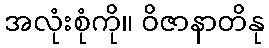
အလုံးစုံကို။ ဝိဇာနာတိနု